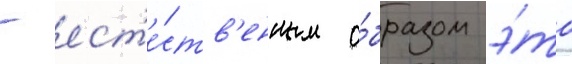
- ест'е́ств'енным о́бразом э́то